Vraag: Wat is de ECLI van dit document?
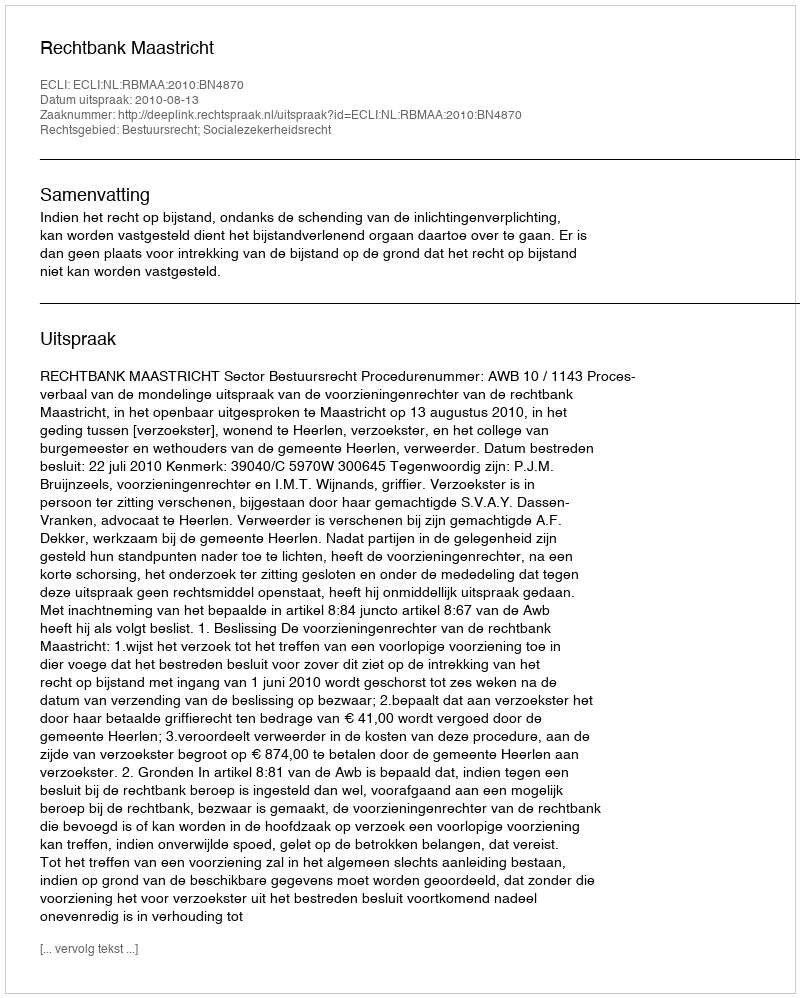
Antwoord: ECLI:NL:RBMAA:2010:BN4870